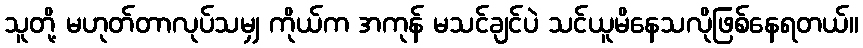
သူတို့ မဟုတ်တာလုပ်သမျှ ကိုယ်က အကုန် မသင်ချင်ပဲ သင်ယူမိနေသလိုဖြစ်နေရတယ်။